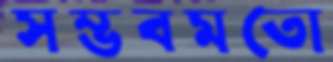
সম্ভবমতো